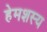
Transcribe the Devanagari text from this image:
हेमशस्य